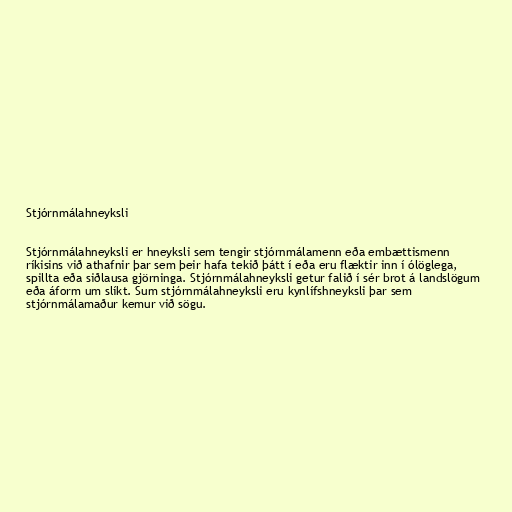
Stjórnmálahneyksli

Stjórnmálahneyksli er hneyksli sem tengir stjórnmálamenn eða embættismenn
ríkisins við athafnir þar sem þeir hafa tekið þátt í eða eru flæktir inn í ólöglega,
spillta eða siðlausa gjörninga. Stjórnmálahneyksli getur falið í sér brot á landslögum
eða áform um slíkt. Sum stjórnmálahneyksli eru kynlífshneyksli þar sem
stjórnmálamaður kemur við sögu.